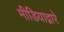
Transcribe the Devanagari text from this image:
मीडियाद्वारे